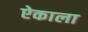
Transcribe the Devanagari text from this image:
ऐकाला